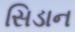
સિડાન